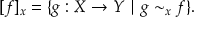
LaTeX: [ f ] _ { x } = \{ g : X \to Y \mid g \sim _ { x } f \} .